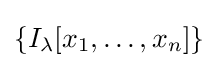
\{I_{\lambda }[x_{1},\dots ,x_{n}]\}